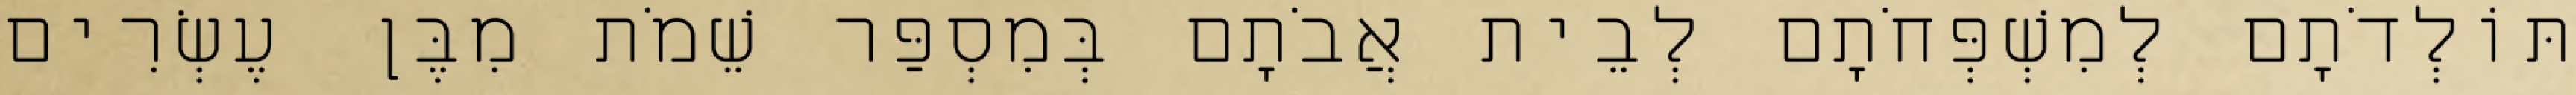
תּוֹלְדֹתָם לְמִשְׁפְּחֹתָם לְבֵית אֲבֹתָם בְּמִסְפַּר שֵׁמֹת מִבֶּן עֶשְׂרִים